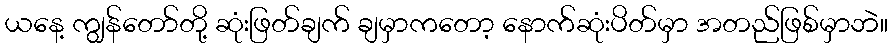
ယနေ့ ကျွန်တော်တို့ ဆုံးဖြတ်ချက် ချမှာကတော့ နောက်ဆုံးပိတ်မှာ အတည်ဖြစ်မှာဘဲ။